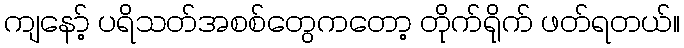
ကျနော့် ပရိသတ်အစစ်တွေကတော့ တိုက်ရိုက် ဖတ်ရတယ်။